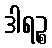
ဒါရဉ္စ